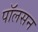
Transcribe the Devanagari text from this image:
पाॅलसन